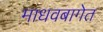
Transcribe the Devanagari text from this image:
माधवबागेत